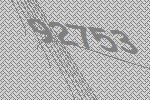
92753